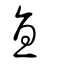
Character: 直